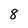
Character: 8